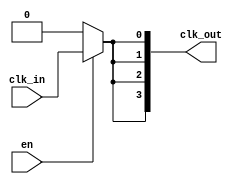
module basic_clock_buffer #(
    parameter NUM_OUTPUTS = 4  // Number of clock outputs
) (
    input wire clk_in,         // Clock input
    input wire en,            // Enable signal
    output wire [NUM_OUTPUTS-1:0] clk_out // Clock outputs
);

    // Internal wire for enabling the output
    wire clk_enabled;

    // Assign enabled clock signal based on the enable input
    assign clk_enabled = en ? clk_in : 1'b0; // Output low when not enabled

    // Generate multiple clock outputs
    genvar i;
    generate
        for (i = 0; i < NUM_OUTPUTS; i = i + 1) begin : clock_output_gen
            assign clk_out[i] = clk_enabled; // Replicate the clock input to outputs
        end
    endgenerate

endmodule